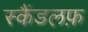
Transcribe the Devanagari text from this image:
स्कैंडलफ़